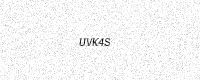
Text: UVK4S